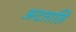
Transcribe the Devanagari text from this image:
अटतालि